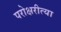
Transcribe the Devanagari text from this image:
परोक्षरीत्या